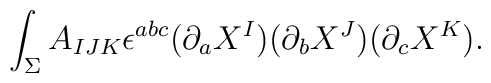
\int_\Sigma A_{IJK} \epsilon^{abc} (\partial_a X^I) (\partial_bX^J)(\partial_c X^K).